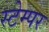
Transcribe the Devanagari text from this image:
स्टेम्पर